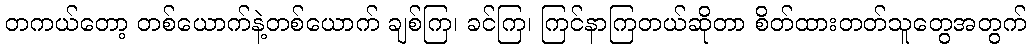
တကယ်တော့ တစ်ယောက်နဲ့တစ်ယောက် ချစ်ကြ၊ ခင်ကြ၊ ကြင်နာကြတယ်ဆိုတာ စိတ်ထားတတ်သူတွေအတွက်